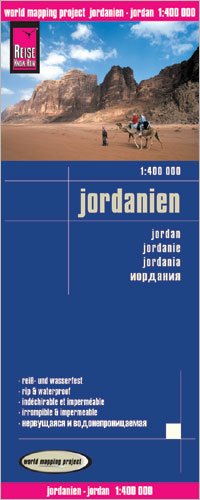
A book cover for Jordan 1:400,000 Travel Map, waterproof, GPS-compatible REISE; Reise Knowhow; Travel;